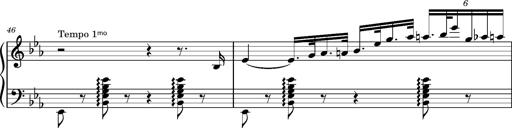
Title: Magyar rapszÃ³diÃ¡k
Composer: Franz Liszt